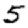
Digit: 5